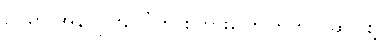
ဥပမာ အွန်လိုင်းပေါ်က စကားပြောကြတယ်ဆိုပါစို့။